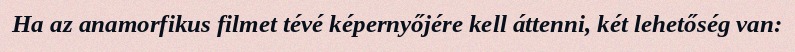
Ha az anamorfikus filmet tévé képernyőjére kell áttenni, két lehetőség van: